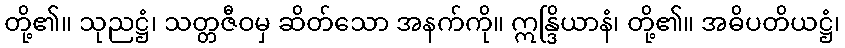
တို့၏။ သုညဋ္ဌံ၊ သတ္တဇီဝမှ ဆိတ်သော အနက်ကို။ ဣန္ဒြိယာနံ၊ တို့၏။ အဓိပတိယဋ္ဌံ၊